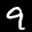
Label: 9